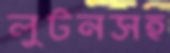
লুটনসহ